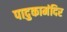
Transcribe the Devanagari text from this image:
पादुकामंदिर